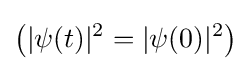
\left(|\psi (t)|^{2}=|\psi (0)|^{2}\right)